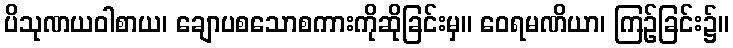
ပိသုဏယဝါစာယ၊ ချောပစသောစကားကိုဆိုခြင်းမှ။ ဝေရမဏိယာ၊ ကြဉ်ခြင်း၌။